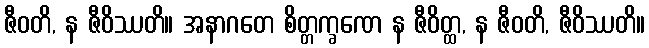
ဇီဝတိ, န ဇီဝိဿတိ။ အနာဂတေ စိတ္တက္ခဏေ န ဇီဝိတ္ထ, န ဇီဝတိ, ဇီဝိဿတိ။